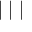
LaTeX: \bigstar | \bigstar | \bigstar |